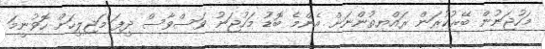
މަހުޖަނުން ބޭރުކުރަން ރައްޔިތުންނަށް އެންމެ ބޮޑު މަހުޖަނު ވަސްވާސް ދީފަ މަޖިލީހަށް ހޮވުނީމަ